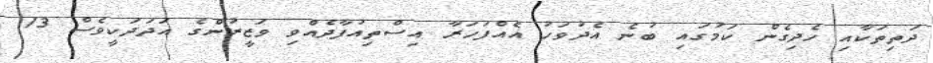
ދަތިތަކާއި ހެދިގެން ކަމުގައި ބުނެ އެދުވަހު އެއްފަހަރާ އިސްތިއުފާދެއްވި ވަޒީރުންގެ އަދަދަކީވެސް 13